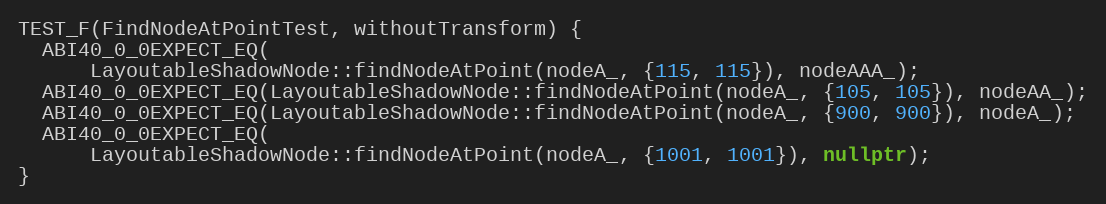
Language: C++
TEST_F(FindNodeAtPointTest, withoutTransform) {
  ABI40_0_0EXPECT_EQ(
      LayoutableShadowNode::findNodeAtPoint(nodeA_, {115, 115}), nodeAAA_);
  ABI40_0_0EXPECT_EQ(LayoutableShadowNode::findNodeAtPoint(nodeA_, {105, 105}), nodeAA_);
  ABI40_0_0EXPECT_EQ(LayoutableShadowNode::findNodeAtPoint(nodeA_, {900, 900}), nodeA_);
  ABI40_0_0EXPECT_EQ(
      LayoutableShadowNode::findNodeAtPoint(nodeA_, {1001, 1001}), nullptr);
}